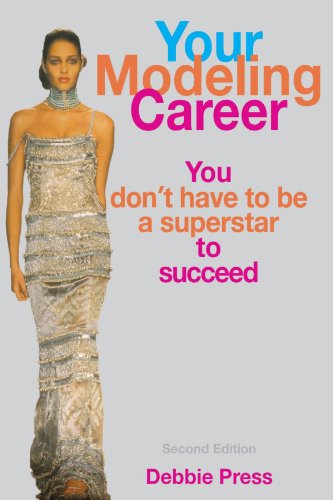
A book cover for Your Modeling Career: You Don't Have to Be a Superstar to Succeed; Debbie Press; Arts & Photography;